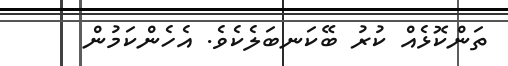
ތަންކޮޅެއް ކުރު ބޭކަނބަލެކެވެ. އެހެންކަމުން